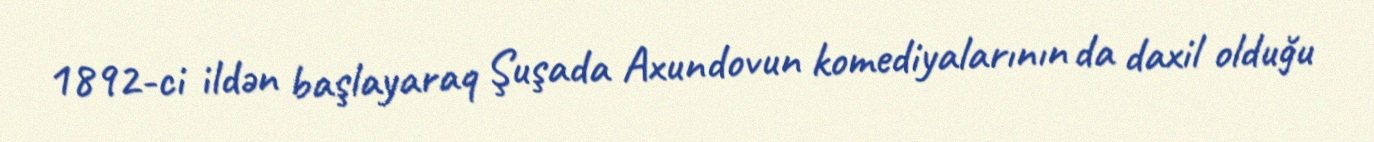
1892-ci ildən başlayaraq Şuşada Axundovun komediyalarının da daxil olduğu